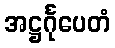
အဋ္ဌင်္ဂုပေတံ